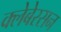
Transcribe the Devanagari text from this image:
क्लेबेरसन